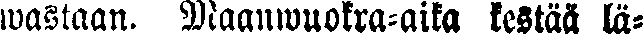
wastaan. Maanwuokra-aika kestää lä-